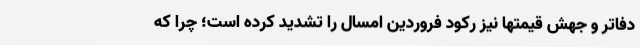
دفاتر و جهش قیمتها نیز رکود فروردین امسال را تشدید کرده است؛ چرا که